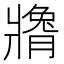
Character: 𬌍